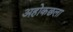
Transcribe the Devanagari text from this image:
अहोकछला